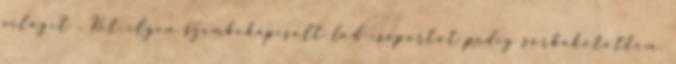
világít . Két ilyen szembekapcsolt led csoportot pedig sorbakötöttem.